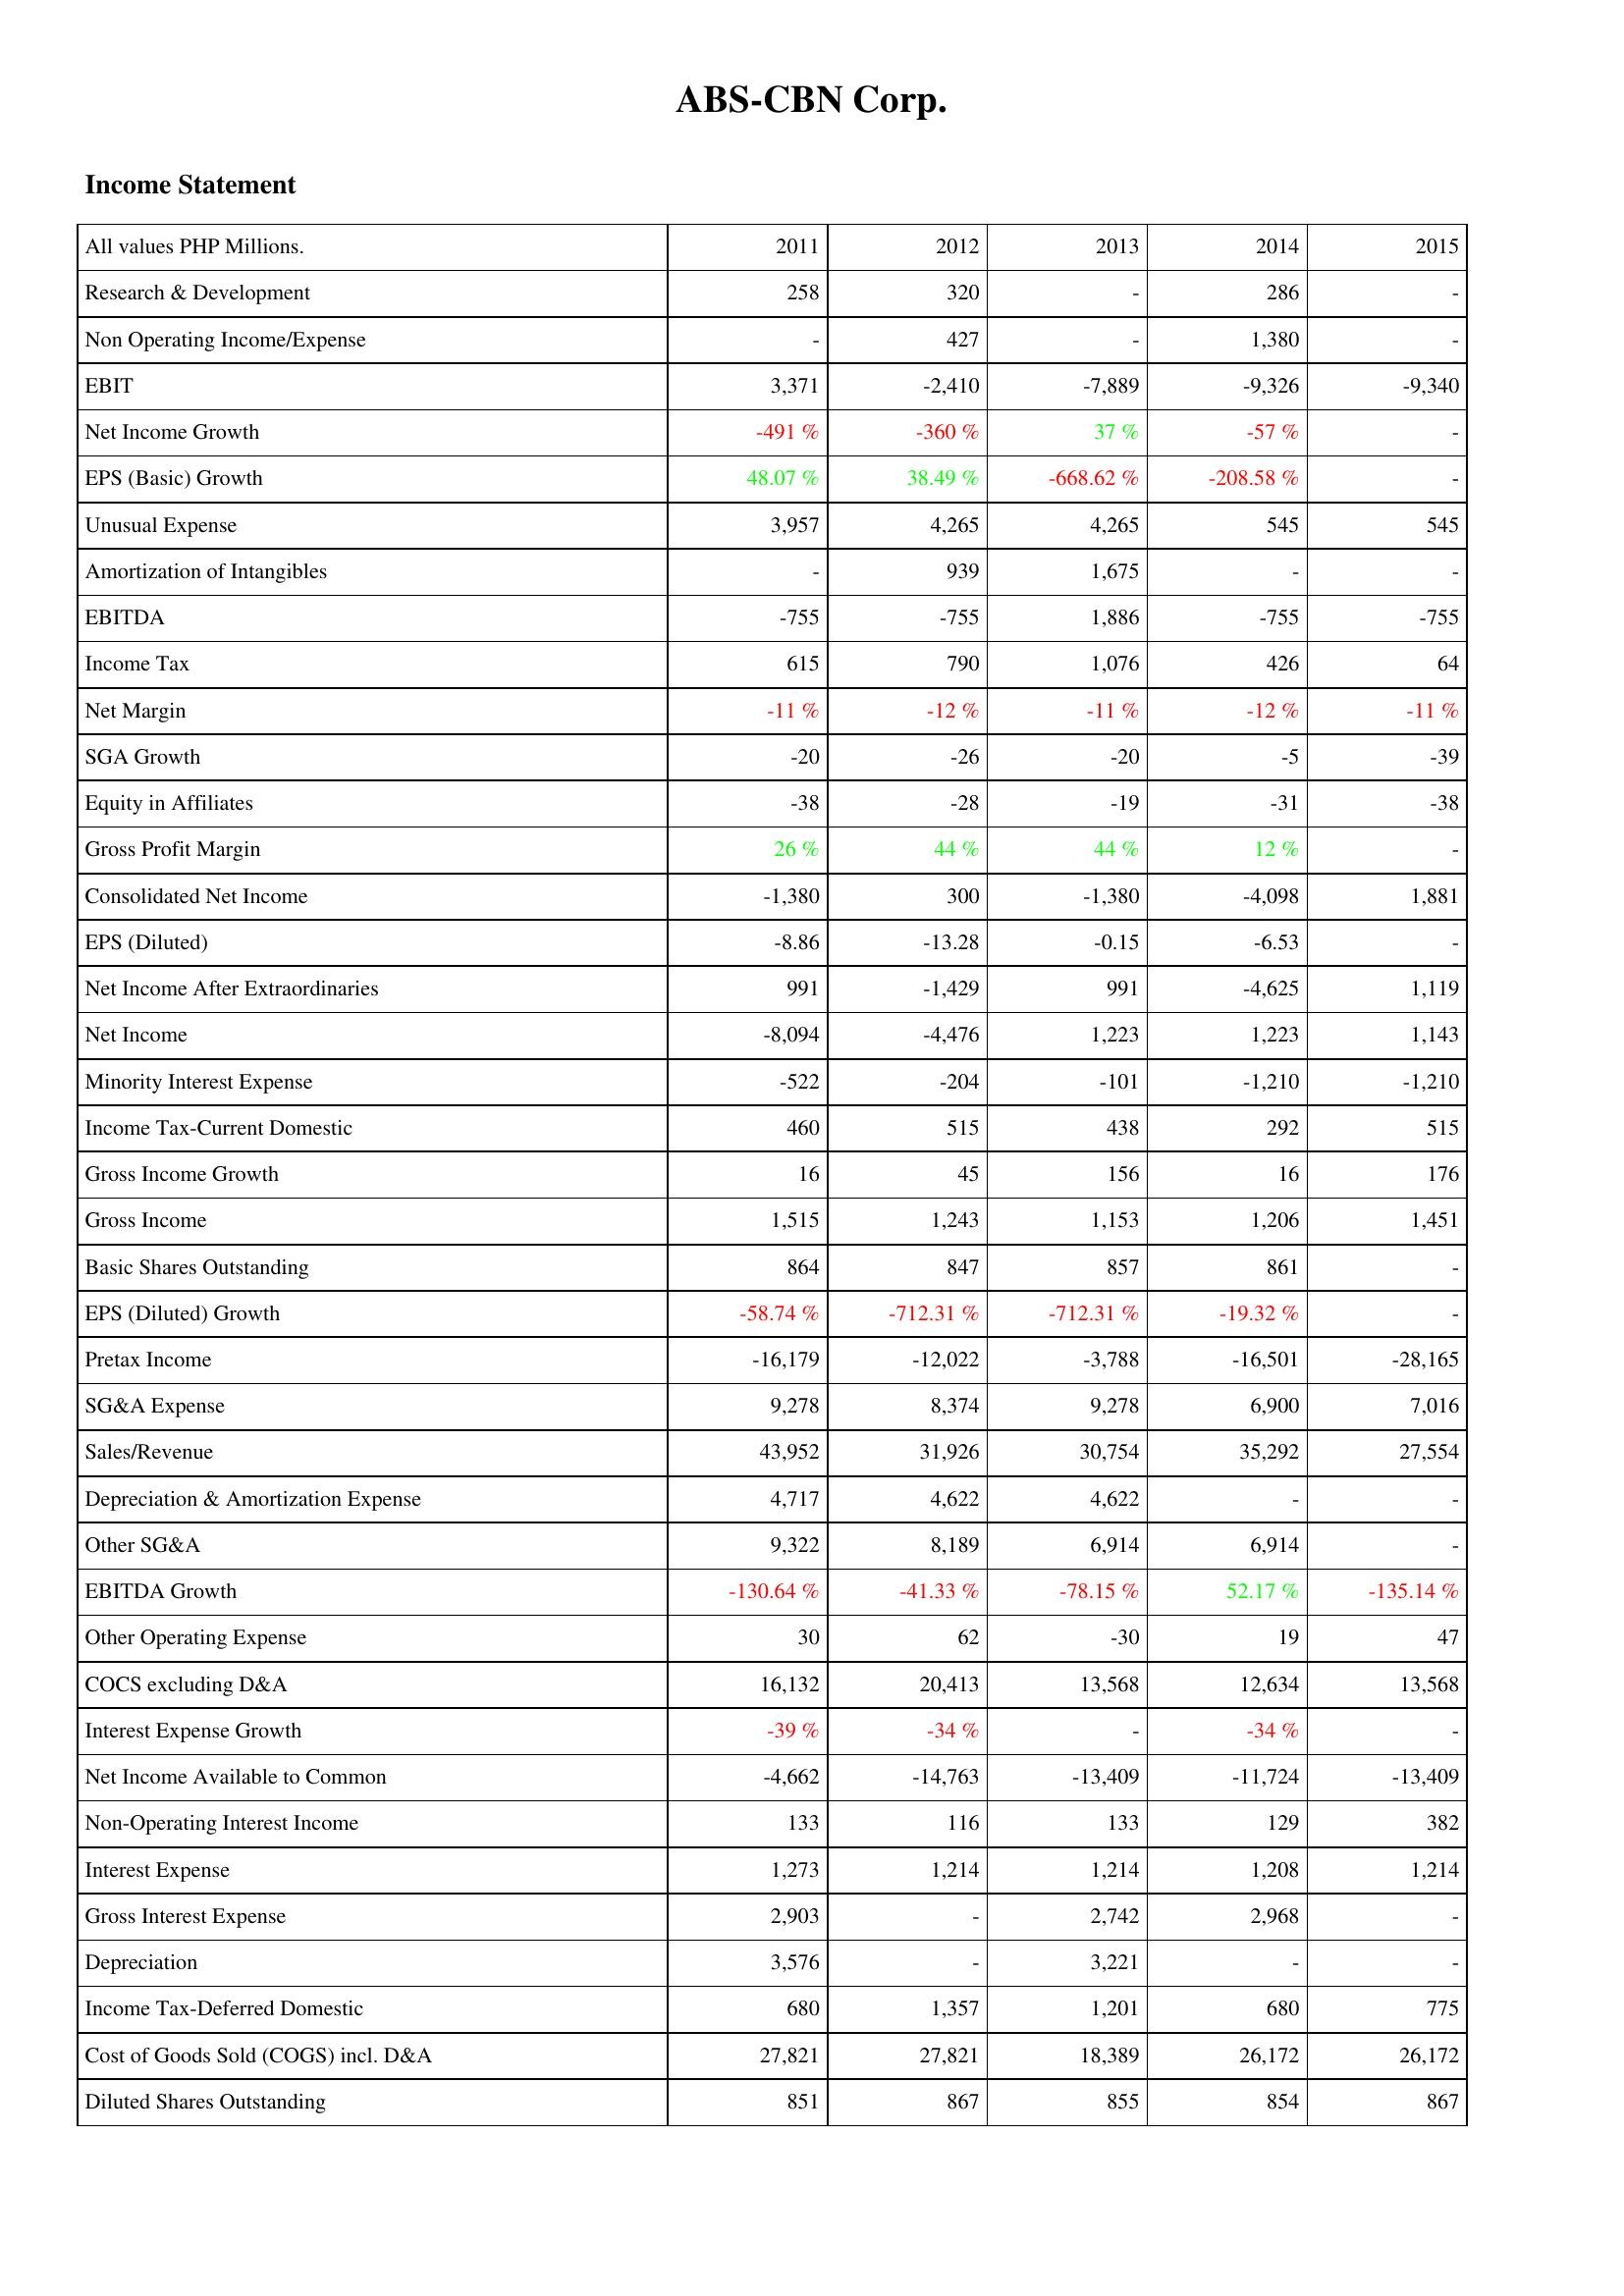
2011: Income Statement: Research & Development: 258
Non Operating Income/Expense: -
EBIT: 3,371
Net Income Growth: -491 %
EPS (Basic) Growth: 48.07 %
Unusual Expense: 3,957
Amortization of Intangibles: -
EBITDA: -755
Income Tax: 615
Net Margin: -11 %
SGA Growth: -20
Equity in Affiliates: -38
Gross Profit Margin: 26 %
Consolidated Net Income: -1,380
EPS (Diluted): -8.86
Net Income After Extraordinaries: 991
Net Income: -8,094
Minority Interest Expense: -522
Income Tax-Current Domestic: 460
Gross Income Growth: 16
Gross Income: 1,515
Basic Shares Outstanding: 864
EPS (Diluted) Growth: -58.74 %
Pretax Income: -16,179
SG&A Expense: 9,278
Sales/Revenue: 43,952
Depreciation & Amortization Expense: 4,717
Other SG&A: 9,322
EBITDA Growth: -130.64 %
Other Operating Expense: 30
COCS excluding D&A: 16,132
Interest Expense Growth: -39 %
Net Income Available to Common: -4,662
Non-Operating Interest Income: 133
Interest Expense: 1,273
Gross Interest Expense: 2,903
Depreciation: 3,576
Income Tax-Deferred Domestic: 680
Cost of Goods Sold (COGS) incl. D&A: 27,821
Diluted Shares Outstanding: 851
2012: Income Statement: Research & Development: 320
Non Operating Income/Expense: 427
EBIT: -2,410
Net Income Growth: -360 %
EPS (Basic) Growth: 38.49 %
Unusual Expense: 4,265
Amortization of Intangibles: 939
EBITDA: -755
Income Tax: 790
Net Margin: -12 %
SGA Growth: -26
Equity in Affiliates: -28
Gross Profit Margin: 44 %
Consolidated Net Income: 300
EPS (Diluted): -13.28
Net Income After Extraordinaries: -1,429
Net Income: -4,476
Minority Interest Expense: -204
Income Tax-Current Domestic: 515
Gross Income Growth: 45
Gross Income: 1,243
Basic Shares Outstanding: 847
EPS (Diluted) Growth: -712.31 %
Pretax Income: -12,022
SG&A Expense: 8,374
Sales/Revenue: 31,926
Depreciation & Amortization Expense: 4,622
Other SG&A: 8,189
EBITDA Growth: -41.33 %
Other Operating Expense: 62
COCS excluding D&A: 20,413
Interest Expense Growth: -34 %
Net Income Available to Common: -14,763
Non-Operating Interest Income: 116
Interest Expense: 1,214
Gross Interest Expense: -
Depreciation: -
Income Tax-Deferred Domestic: 1,357
Cost of Goods Sold (COGS) incl. D&A: 27,821
Diluted Shares Outstanding: 867
2013: Income Statement: Research & Development: -
Non Operating Income/Expense: -
EBIT: -7,889
Net Income Growth: 37 %
EPS (Basic) Growth: -668.62 %
Unusual Expense: 4,265
Amortization of Intangibles: 1,675
EBITDA: 1,886
Income Tax: 1,076
Net Margin: -11 %
SGA Growth: -20
Equity in Affiliates: -19
Gross Profit Margin: 44 %
Consolidated Net Income: -1,380
EPS (Diluted): -0.15
Net Income After Extraordinaries: 991
Net Income: 1,223
Minority Interest Expense: -101
Income Tax-Current Domestic: 438
Gross Income Growth: 156
Gross Income: 1,153
Basic Shares Outstanding: 857
EPS (Diluted) Growth: -712.31 %
Pretax Income: -3,788
SG&A Expense: 9,278
Sales/Revenue: 30,754
Depreciation & Amortization Expense: 4,622
Other SG&A: 6,914
EBITDA Growth: -78.15 %
Other Operating Expense: -30
COCS excluding D&A: 13,568
Interest Expense Growth: -
Net Income Available to Common: -13,409
Non-Operating Interest Income: 133
Interest Expense: 1,214
Gross Interest Expense: 2,742
Depreciation: 3,221
Income Tax-Deferred Domestic: 1,201
Cost of Goods Sold (COGS) incl. D&A: 18,389
Diluted Shares Outstanding: 855
2014: Income Statement: Research & Development: 286
Non Operating Income/Expense: 1,380
EBIT: -9,326
Net Income Growth: -57 %
EPS (Basic) Growth: -208.58 %
Unusual Expense: 545
Amortization of Intangibles: -
EBITDA: -755
Income Tax: 426
Net Margin: -12 %
SGA Growth: -5
Equity in Affiliates: -31
Gross Profit Margin: 12 %
Consolidated Net Income: -4,098
EPS (Diluted): -6.53
Net Income After Extraordinaries: -4,625
Net Income: 1,223
Minority Interest Expense: -1,210
Income Tax-Current Domestic: 292
Gross Income Growth: 16
Gross Income: 1,206
Basic Shares Outstanding: 861
EPS (Diluted) Growth: -19.32 %
Pretax Income: -16,501
SG&A Expense: 6,900
Sales/Revenue: 35,292
Depreciation & Amortization Expense: -
Other SG&A: 6,914
EBITDA Growth: 52.17 %
Other Operating Expense: 19
COCS excluding D&A: 12,634
Interest Expense Growth: -34 %
Net Income Available to Common: -11,724
Non-Operating Interest Income: 129
Interest Expense: 1,208
Gross Interest Expense: 2,968
Depreciation: -
Income Tax-Deferred Domestic: 680
Cost of Goods Sold (COGS) incl. D&A: 26,172
Diluted Shares Outstanding: 854
2015: Income Statement: Research & Development: -
Non Operating Income/Expense: -
EBIT: -9,340
Net Income Growth: -
EPS (Basic) Growth: -
Unusual Expense: 545
Amortization of Intangibles: -
EBITDA: -755
Income Tax: 64
Net Margin: -11 %
SGA Growth: -39
Equity in Affiliates: -38
Gross Profit Margin: -
Consolidated Net Income: 1,881
EPS (Diluted): -
Net Income After Extraordinaries: 1,119
Net Income: 1,143
Minority Interest Expense: -1,210
Income Tax-Current Domestic: 515
Gross Income Growth: 176
Gross Income: 1,451
Basic Shares Outstanding: -
EPS (Diluted) Growth: -
Pretax Income: -28,165
SG&A Expense: 7,016
Sales/Revenue: 27,554
Depreciation & Amortization Expense: -
Other SG&A: -
EBITDA Growth: -135.14 %
Other Operating Expense: 47
COCS excluding D&A: 13,568
Interest Expense Growth: -
Net Income Available to Common: -13,409
Non-Operating Interest Income: 382
Interest Expense: 1,214
Gross Interest Expense: -
Depreciation: -
Income Tax-Deferred Domestic: 775
Cost of Goods Sold (COGS) incl. D&A: 26,172
Diluted Shares Outstanding: 867